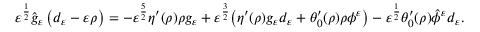
\begin{array} { r } { \varepsilon ^ { \frac { 1 } { 2 } } \hat { g } _ { \ensuremath { \varepsilon } } \left( d _ { \varepsilon } - \ensuremath { \varepsilon } \rho \right) = - \varepsilon ^ { \frac { 5 } { 2 } } \eta ^ { \prime } ( \rho ) \rho g _ { \ensuremath { \varepsilon } } + \varepsilon ^ { \frac { 3 } { 2 } } \big ( \eta ^ { \prime } ( \rho ) g _ { \ensuremath { \varepsilon } } d _ { \varepsilon } + \theta _ { 0 } ^ { \prime } ( \rho ) \rho \phi ^ { \varepsilon } \big ) - \varepsilon ^ { \frac { 1 } { 2 } } \theta _ { 0 } ^ { \prime } ( \rho ) \hat { \phi } ^ { \varepsilon } d _ { \varepsilon } . } \end{array}